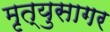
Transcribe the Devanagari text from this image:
मृत्युसागर